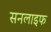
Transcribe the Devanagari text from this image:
सनलाइफ